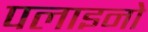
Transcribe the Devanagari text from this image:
पलाइनो